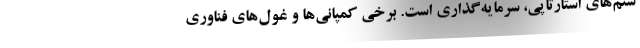
ستم‌های استارتاپی، سرمایه‌گذاری است. برخی کمپانی‌ها و غول‌های فناوری